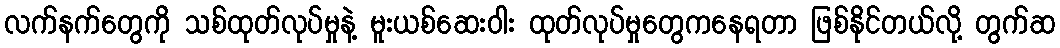
လက်နက်တွေကို သစ်ထုတ်လုပ်မှုနဲ့ မူးယစ်ဆေးဝါး ထုတ်လုပ်မှုတွေကနေရတာ ဖြစ်နိုင်တယ်လို့ တွက်ဆ